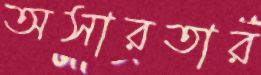
অসারতার